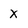
Character: x